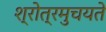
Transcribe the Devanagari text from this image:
श्रोत्रमुचयते